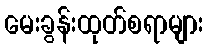
မေးခွန်းထုတ်စရာများ